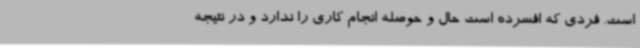
است. فردی که افسرده است حال و حوصله انجام کاری را ندارد و در نتیجه